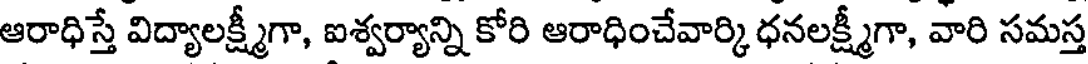
ఆరాధిస్తే విద్యాలక్ష్మీగా, ఐశ్వర్యాన్ని కోరి ఆరాధించేవార్కి ధనలక్ష్మీగా, వారి సమస్త